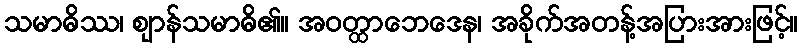
သမာဓိဿ၊ ဈာန်သမာဓိ၏။ အဝတ္ထာဘေဒေန၊ အခိုက်အတန့်အပြားအားဖြင့်။